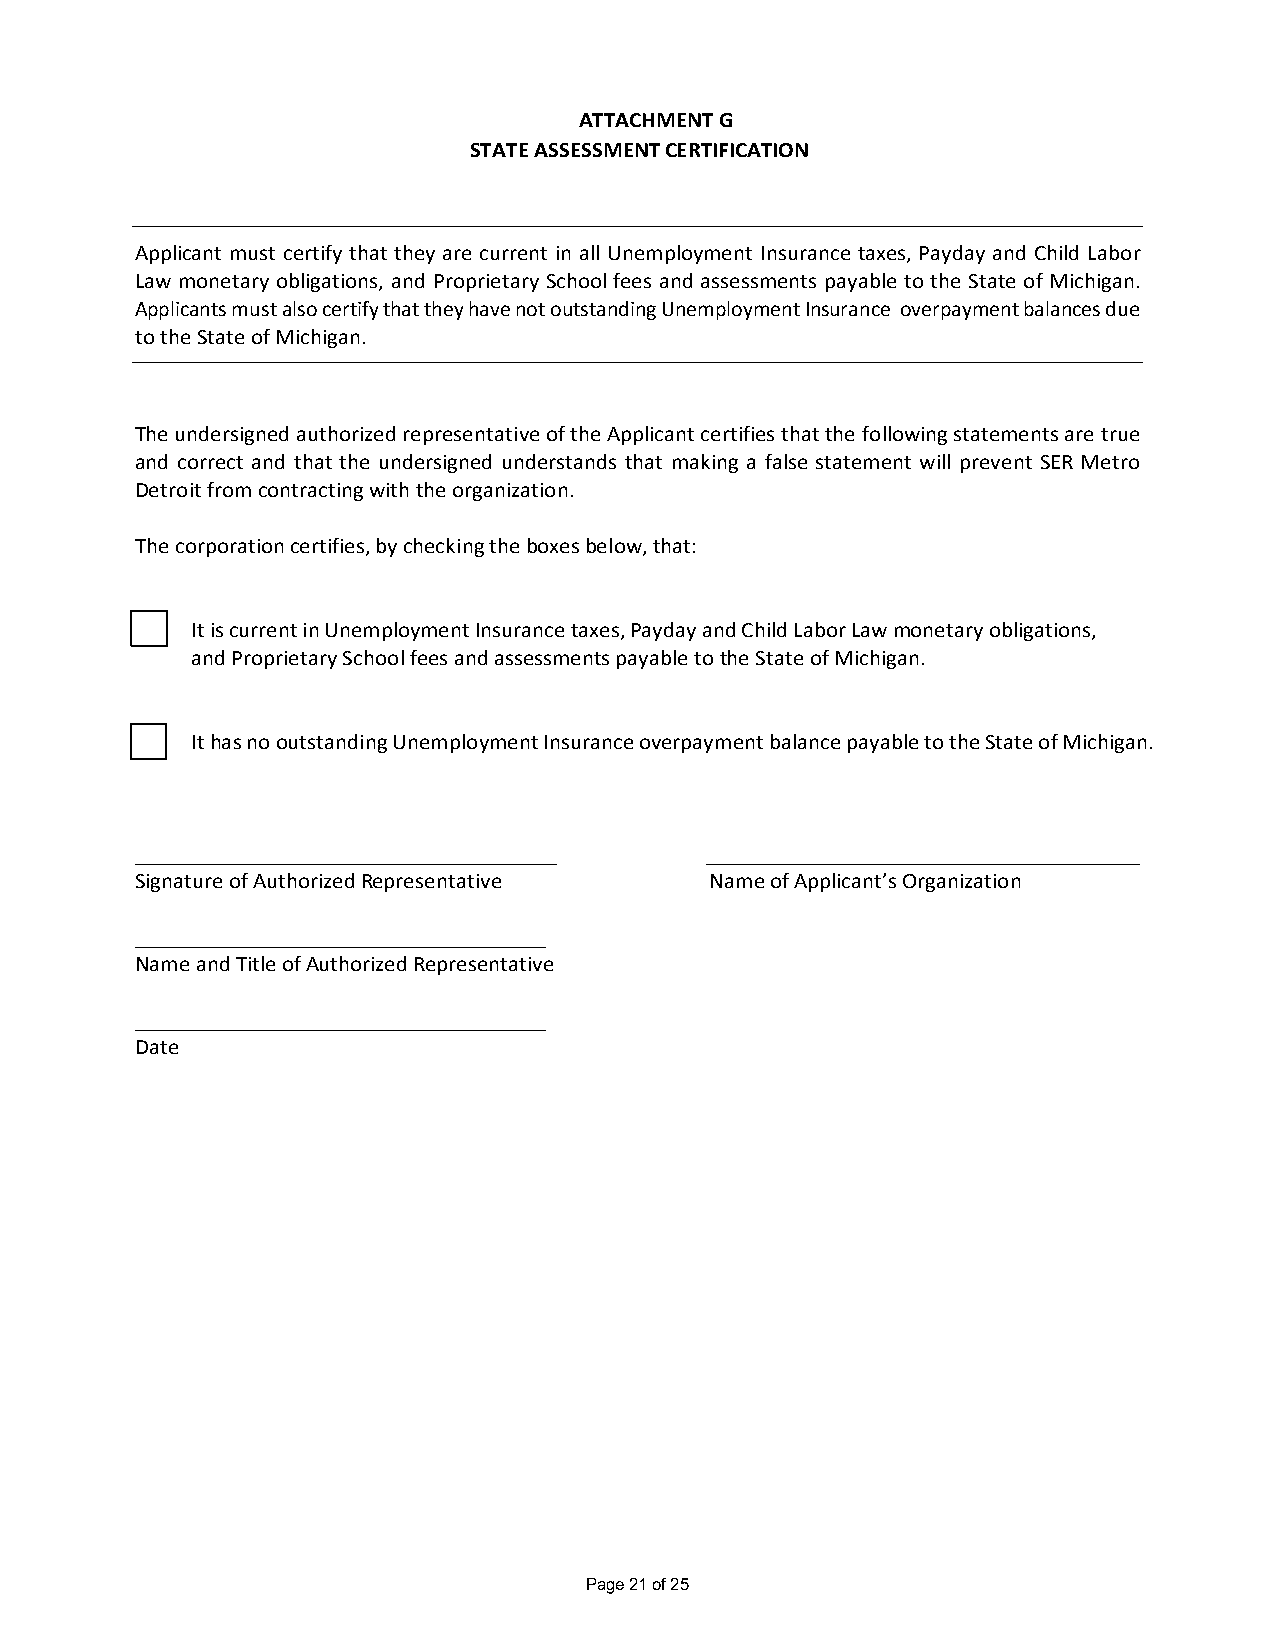
ATTACHMENT G
 STATE ASSESSMENT CERTIFICATION
 Applicant must certify that they are current in all Unemployment Insurance taxes, Payday and Child Labor
 Law monetary obligations, and Proprietary School fees and assessments payable to the State of Michigan.
 Applicants must also certify that they have not outstanding Unemployment Insurance overpayment balances due
 to the State of Michigan.
 The undersigned authorized representative of the Applicant certifies that the following statements are true
 and correct and that the undersigned understands that making a false statement will prevent SER Metro
 Detroit from contracting with the organization.
 The corporation certifies, by checking the boxes below, that:
 It is current in Unemployment Insurance taxes, Payday and Child Labor Law monetary obligations,
 and Proprietary School fees and assessments payable to the State of Michigan.
 It has no outstanding Unemployment Insurance overpayment balance payable to the State of Michigan.
 Signature of Authorized Representative Name of Applicant’s Organization
 Name and Title of Authorized Representative
 Date
 Page 21 of 25